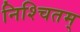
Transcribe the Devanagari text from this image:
निश्चितम्